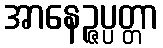
အာနေဉ္ဇပ္ပတ္တာ